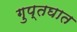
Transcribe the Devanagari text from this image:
गुप्तघात